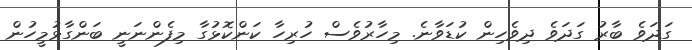
ގަދަވެ ބާރު ގަދަވެ ދިވެހިން ކުޑަވާނެ. މިހާރުވެސް ހުރިހާ ކަންކޮޅުގާ މިފެންނަނީ ބަންގާޅުމީހުން